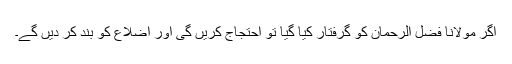
اگر مولانا فضل الرحمان کو گرفتار کیا گیا تو احتجاج کریں گی اور اضلاع کو بند کر دیں گے۔